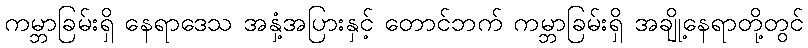
ကမ္ဘာခြမ်းရှိ နေရာဒေသ အနှံ့အပြားနှင့် တောင်ဘက် ကမ္ဘာခြမ်းရှိ အချို့နေရာတို့တွင်